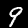
Digit: 9